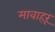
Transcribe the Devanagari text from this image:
मावाहरू